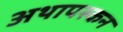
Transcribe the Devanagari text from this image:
अथापस्कन